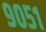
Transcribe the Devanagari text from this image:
९०५१